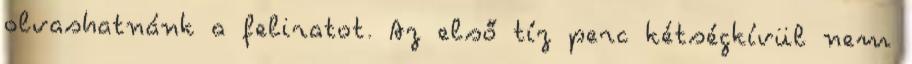
olvashatnánk a feliratot. Az első tíz perc kétségkívül nem